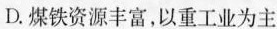
D.煤铁资源丰富，以重工业为主